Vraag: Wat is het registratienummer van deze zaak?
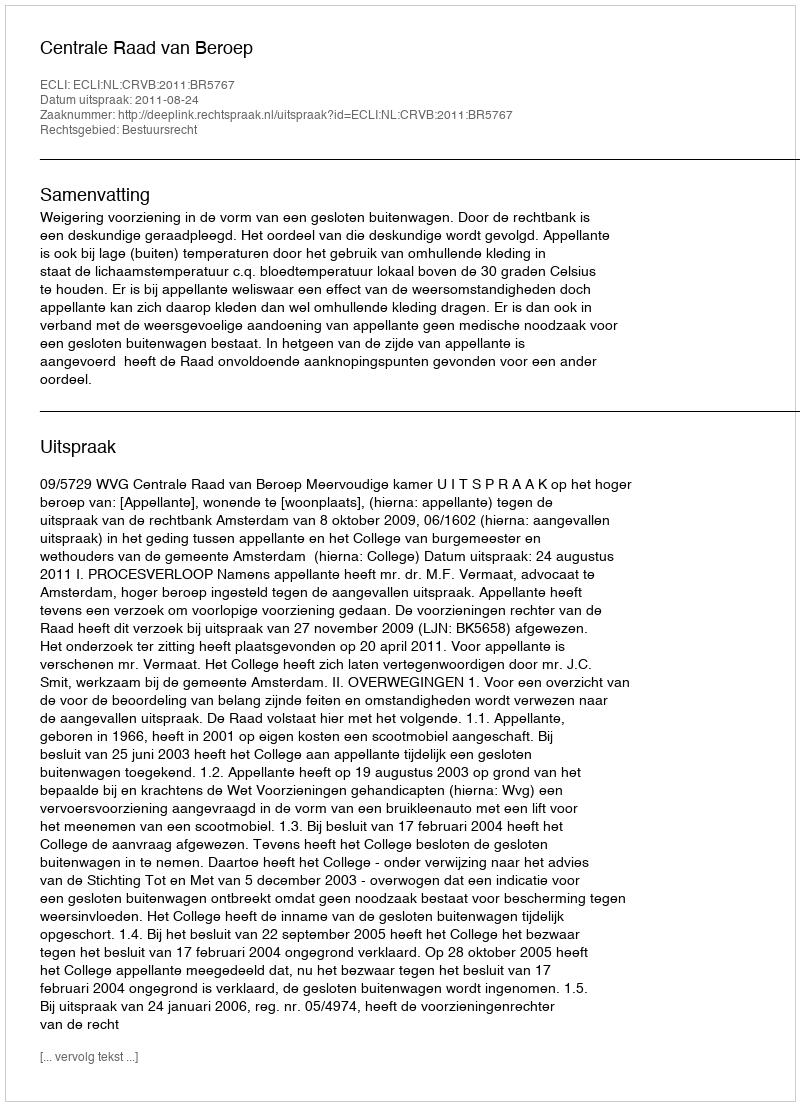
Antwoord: http://deeplink.rechtspraak.nl/uitspraak?id=ECLI:NL:CRVB:2011:BR5767